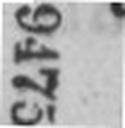
9475